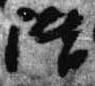
階